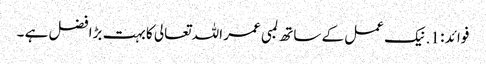
فوائد : 1. نیک عمل کے ساتھ لمبی عمر اللہ تعالی کا بہت بڑا فضل ہے ۔